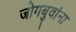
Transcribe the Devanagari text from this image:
जोगबुवांना